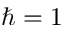
\hbar = 1